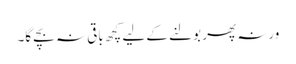
ورنہ پھر بولنے کے لیے کچھ باقی نہ بچے گا۔